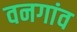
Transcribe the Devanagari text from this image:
वनगांव